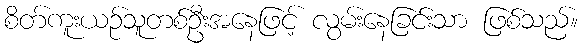
စိတ်ကူးယဉ်သူတစ်ဦးအနေဖြင့် လွမ်းနေခြင်းသာ ဖြစ်သည်။